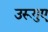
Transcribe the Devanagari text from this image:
उरूगुए